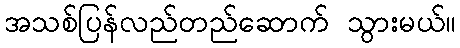
အသစ်ပြန်လည်တည်ဆောက် သွားမယ်။